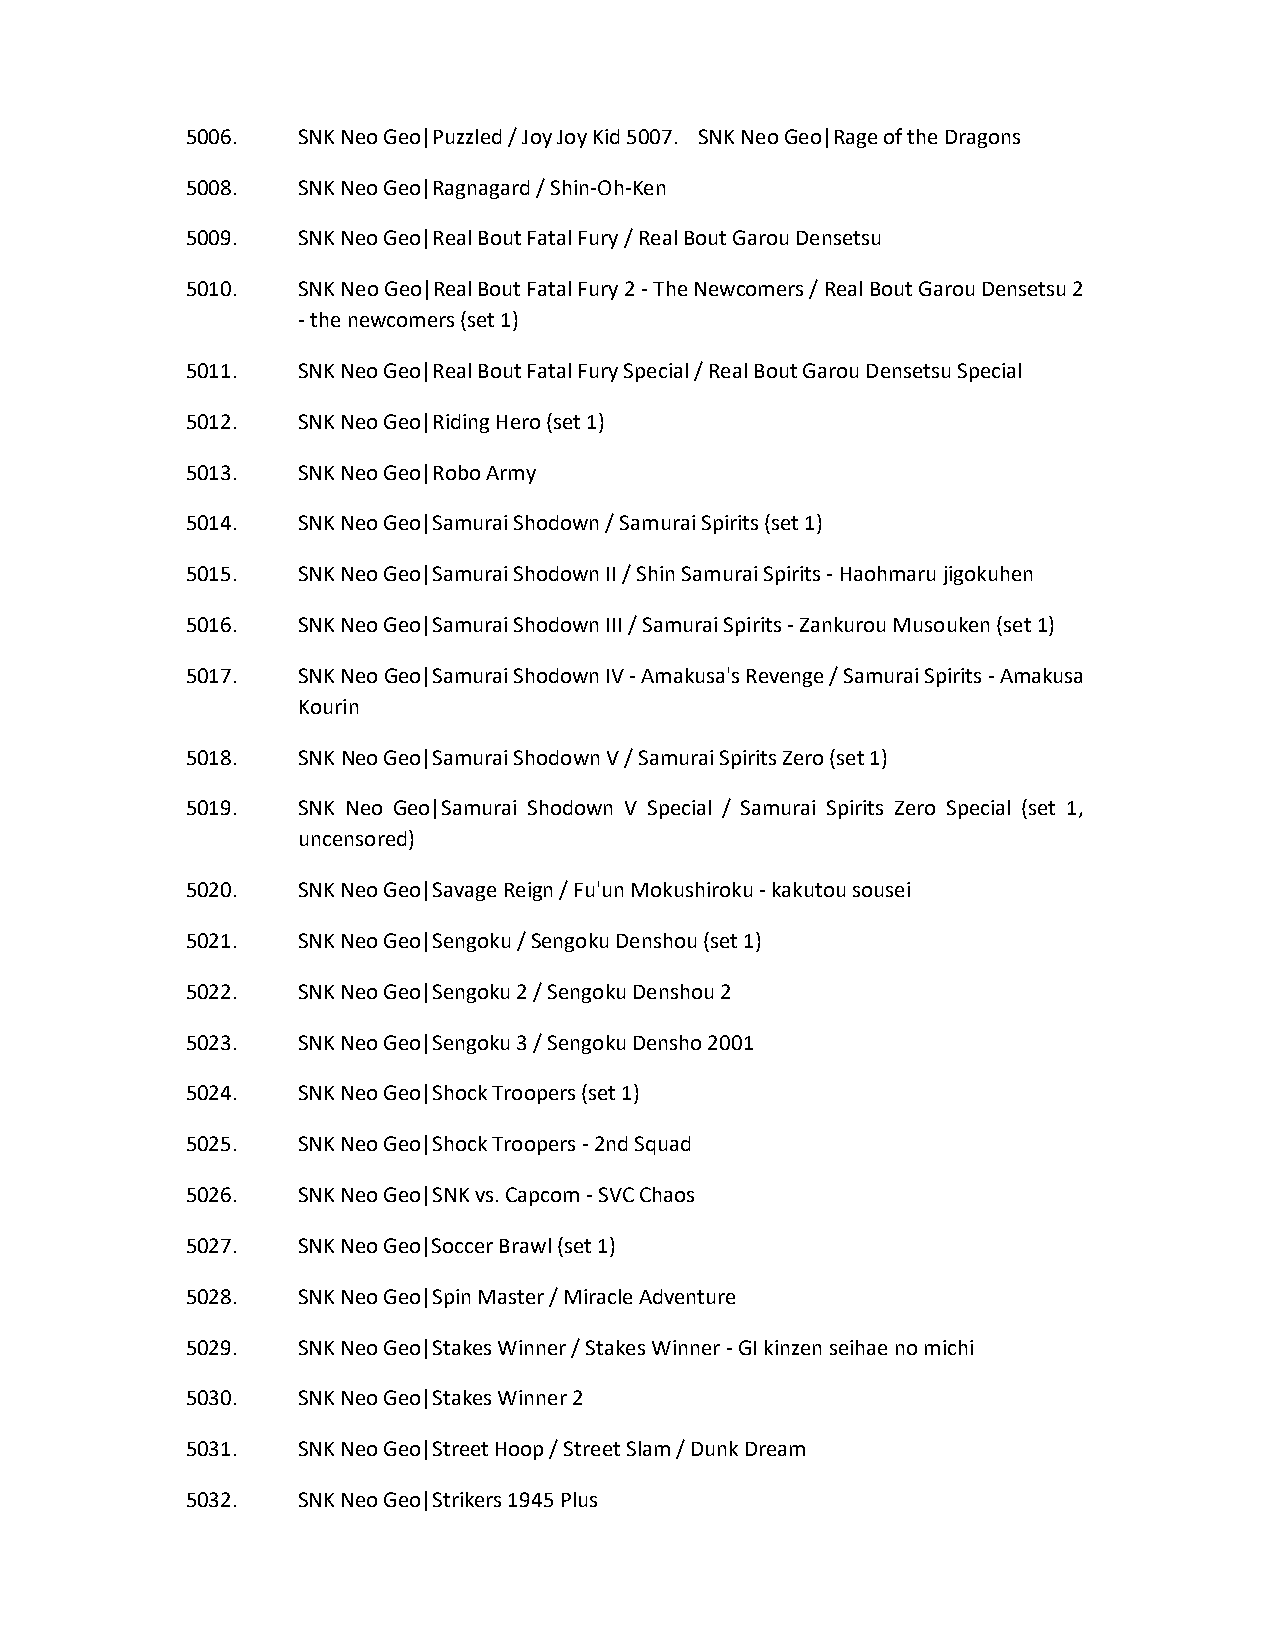
5006.   SNK Neo Geo|Puzzled / Joy Joy Kid 5007. SNK Neo Geo|Rage of the Dragons
 5008.   SNK Neo Geo|Ragnagard / Shin-Oh-Ken
 5009.   SNK Neo Geo|Real Bout Fatal Fury / Real Bout Garou Densetsu
 5010.   SNK Neo Geo|Real Bout Fatal Fury 2 - The Newcomers / Real Bout Garou Densetsu 2
 - the newcomers (set 1)
 5011.   SNK Neo Geo|Real Bout Fatal Fury Special / Real Bout Garou Densetsu Special
 5012.   SNK Neo Geo|Riding Hero (set 1)
 5013.   SNK Neo Geo|Robo Army
 5014.   SNK Neo Geo|Samurai Shodown / Samurai Spirits (set 1)
 5015.   SNK Neo Geo|Samurai Shodown II / Shin Samurai Spirits - Haohmaru jigokuhen
 5016.   SNK Neo Geo|Samurai Shodown III / Samurai Spirits - Zankurou Musouken (set 1)
 5017.   SNK Neo Geo|Samurai Shodown IV - Amakusa's Revenge / Samurai Spirits - Amakusa
 Kourin
 5018.   SNK Neo Geo|Samurai Shodown V / Samurai Spirits Zero (set 1)
 5019.   SNK Neo Geo|Samurai Shodown V Special / Samurai Spirits Zero Special (set 1,
 uncensored)
 5020.   SNK Neo Geo|Savage Reign / Fu'un Mokushiroku - kakutou sousei
 5021.   SNK Neo Geo|Sengoku / Sengoku Denshou (set 1)
 5022.   SNK Neo Geo|Sengoku 2 / Sengoku Denshou 2
 5023.   SNK Neo Geo|Sengoku 3 / Sengoku Densho 2001
 5024.   SNK Neo Geo|Shock Troopers (set 1)
 5025.   SNK Neo Geo|Shock Troopers - 2nd Squad
 5026.   SNK Neo Geo|SNK vs. Capcom - SVC Chaos
 5027.   SNK Neo Geo|Soccer Brawl (set 1)
 5028.   SNK Neo Geo|Spin Master / Miracle Adventure
 5029.   SNK Neo Geo|Stakes Winner / Stakes Winner - GI kinzen seihae no michi
 5030.   SNK Neo Geo|Stakes Winner 2
 5031.   SNK Neo Geo|Street Hoop / Street Slam / Dunk Dream
 5032.   SNK Neo Geo|Strikers 1945 Plus